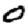
Digit: 0